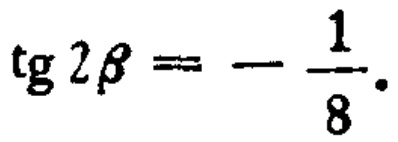
\(\operatorname{tg}2\beta =-\frac{1}{8}\)